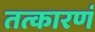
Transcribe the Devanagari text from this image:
तत्कारणं